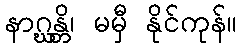
နာဂ္ဃန္တိ၊ မမှီ နိုင်ကုန်။